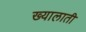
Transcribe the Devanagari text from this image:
ख्यालाती